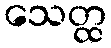
သေတ္ထ